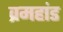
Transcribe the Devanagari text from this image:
व्रमहांड